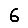
Digit: 6